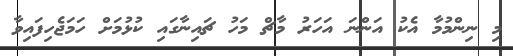
މި ނިންމުމާ އެކު އަންނަ އަހަރު މާޗް މަހު ޗައިނާގައި ކުޅުމަށް ހަމަޖެހިފައިވާ